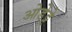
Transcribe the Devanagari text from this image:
ओडेट्टे